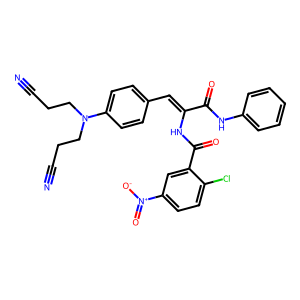
SMILES: N#CCCN(CCC#N)c1ccc(C=C(NC(=O)c2cc([N+](=O)[O-])ccc2Cl)C(=O)Nc2ccccc2)cc1
Inhibits HIV replication: No